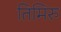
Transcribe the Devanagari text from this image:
तिमिरु